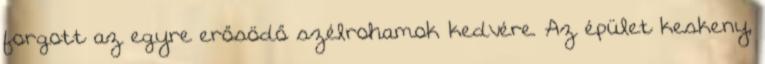
forgott az egyre erősödő szélrohamok kedvére. Az épület keskeny,